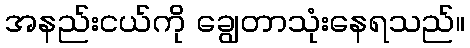
အနည်းငယ်ကို ချွေတာသုံးနေရသည်။